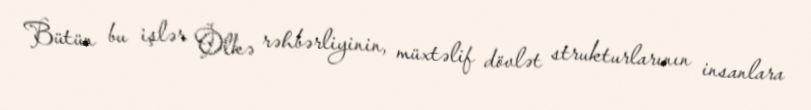
Bütün bu işlər Ölkə rəhbərliyinin, müxtəlif dövlət strukturlarının insanlara